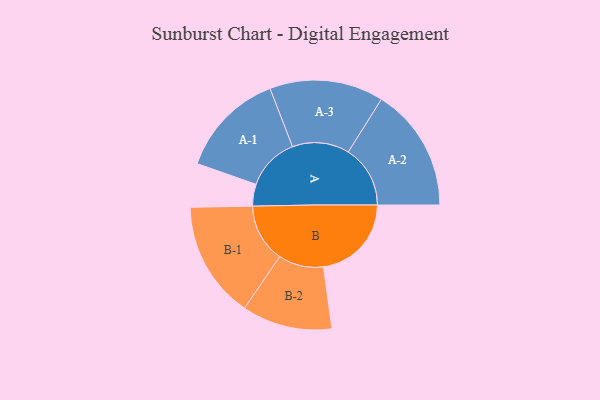
{"axis": {"x": "Segment", "y": "Value"}, "legend": ["", "A", "B"], "data": [{"x": "A", "y": 105, "type": ""}, {"x": "B", "y": 423, "type": ""}, {"x": "A-1", "y": 255, "type": "A"}, {"x": "A-2", "y": 298, "type": "A"}, {"x": "A-3", "y": 274, "type": "A"}, {"x": "B-1", "y": 281, "type": "B"}, {"x": "B-2", "y": 217, "type": "B"}]}